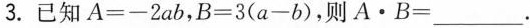
3. 已知 $$A = - 2 a b$$， $$B = 3 ( a - b )$$，则$$A \cdot B = ___$$.